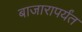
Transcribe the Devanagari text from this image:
बाजारापर्यंत